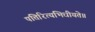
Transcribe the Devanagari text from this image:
पत्तिरित्यभिधीयते॥